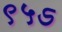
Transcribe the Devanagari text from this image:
९५ऽ